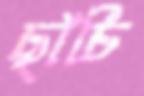
ছাঁচি